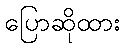
ပြောဆိုထား